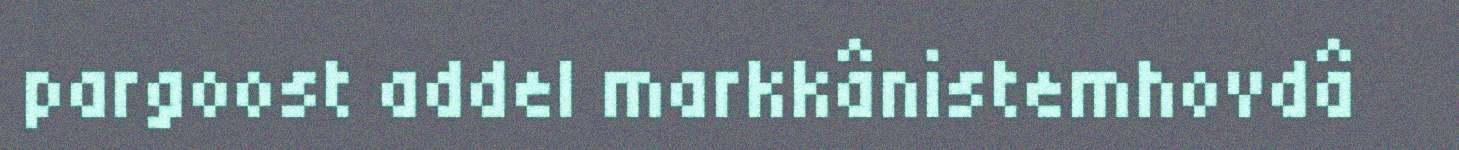
pargoost addel markkânistemhovdâ